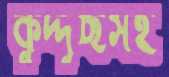
কুদ্দুছসহ